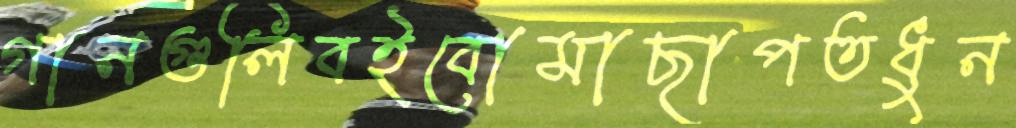
গানগুলিবইবোমাছাপতধুন